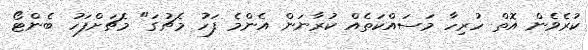
ކުރެވެން އޮތް ހުރިހާ މަސައްކަތެއް ކުރާނަން އެންމެ ފަހު މެޗުގަ" މެޗަށްފަހު ބެންޓޯ